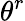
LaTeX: \theta^{r}